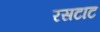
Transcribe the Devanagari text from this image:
रसटाट